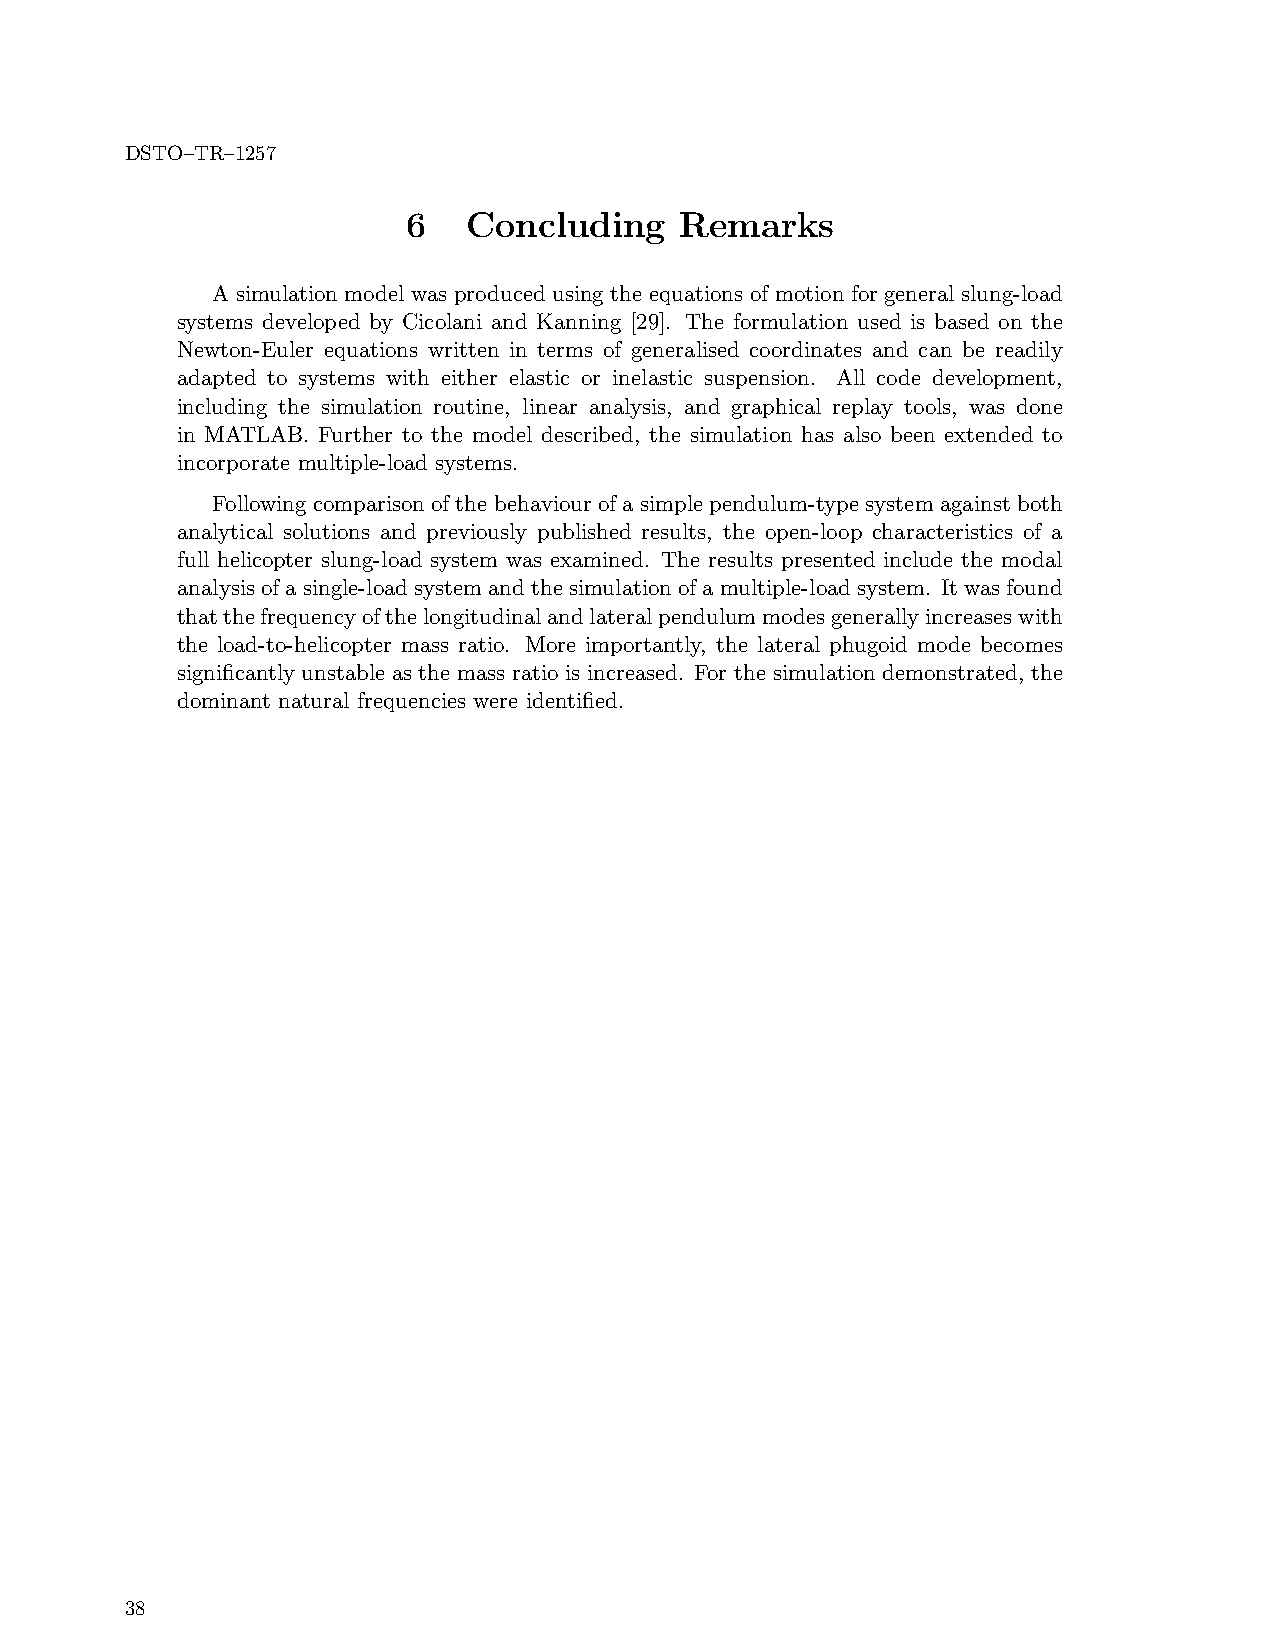
DSTO–TR–1257
 6   Concluding    Remarks
 A simulation model was produced using the equations of motion for general slung-load
 systems developed by Cicolani and Kanning [29]. The formulation used is based on the
 Newton-Euler equations written in terms of generalised coordinates and can be readily
 adapted to systems with either elastic or inelastic suspension. All code development,
 including the simulation routine, linear analysis, and graphical replay tools, was done
 in MATLAB. Further to the model described, the simulation has also been extended to
 incorporate multiple-load systems.
 Followingcomparisonofthebehaviourofasimplependulum-typesystemagainstboth
 analytical solutions and previously published results, the open-loop characteristics of a
 full helicopter slung-load system was examined. The results presented include the modal
 analysisof a single-load system and the simulationof a multiple-load system. It wasfound
 thatthefrequencyofthelongitudinalandlateralpendulummodesgenerallyincreaseswith
 the load-to-helicopter mass ratio. More importantly, the lateral phugoid mode becomes
 significantly unstable as the mass ratio is increased. For the simulation demonstrated, the
 dominant natural frequencies were identified.
 38